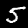
Digit: 5